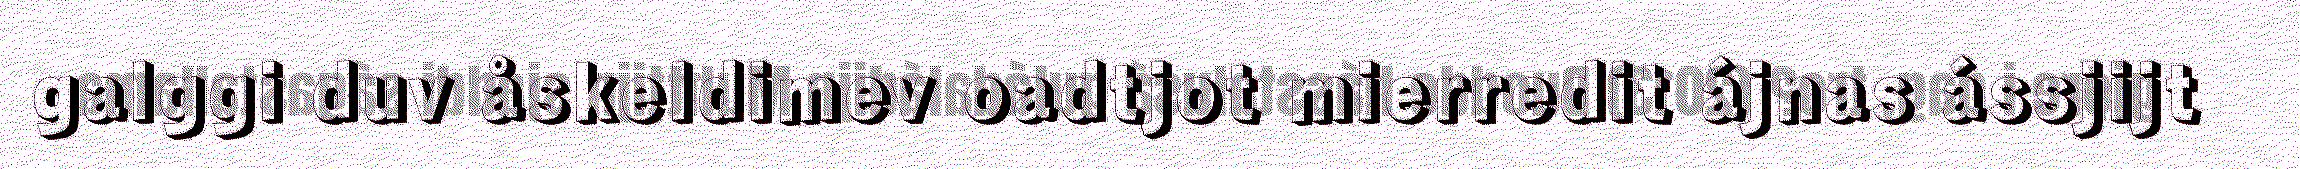
galggi duv åskeldimev oadtjot mierredit ájnas ássjijt